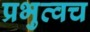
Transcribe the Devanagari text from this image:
प्रभुत्वच